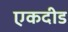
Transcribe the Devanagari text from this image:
एकदीड